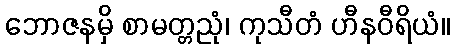
ဘောဇနမှိ စာမတ္တညုံ၊ ကုသီတံ ဟီနဝီရိယံ။